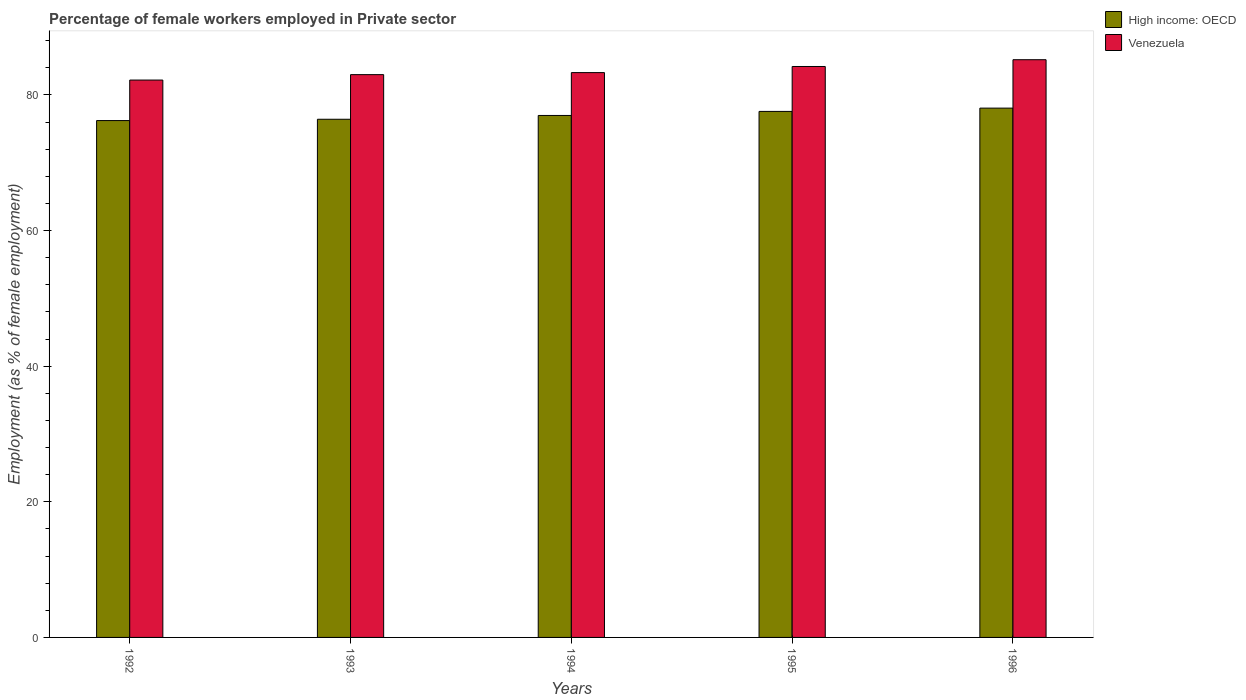
| Years | High income: OECD | Venezuela |
 | --- | --- | --- |
 | 1992 | 76.2 | 82.2 |
 | 1993 | 76.4 | 83 |
 | 1994 | 77 | 83.3 |
 | 1995 | 77.6 | 84.2 |
 | 1996 | 78.1 | 85.2 |